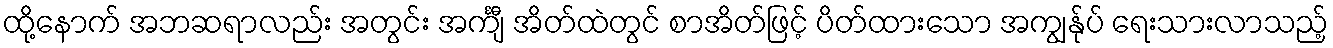
ထို့နောက် အဘဆရာလည်း အတွင်း အင်္ကျီ အိတ်ထဲတွင် စာအိတ်ဖြင့် ပိတ်ထားသော အကျွန်ုပ် ရေးသားလာသည့်